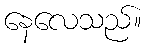
နေလေသည်။